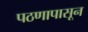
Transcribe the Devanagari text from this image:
पठणापासून